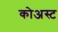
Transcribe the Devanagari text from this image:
कोअस्ट